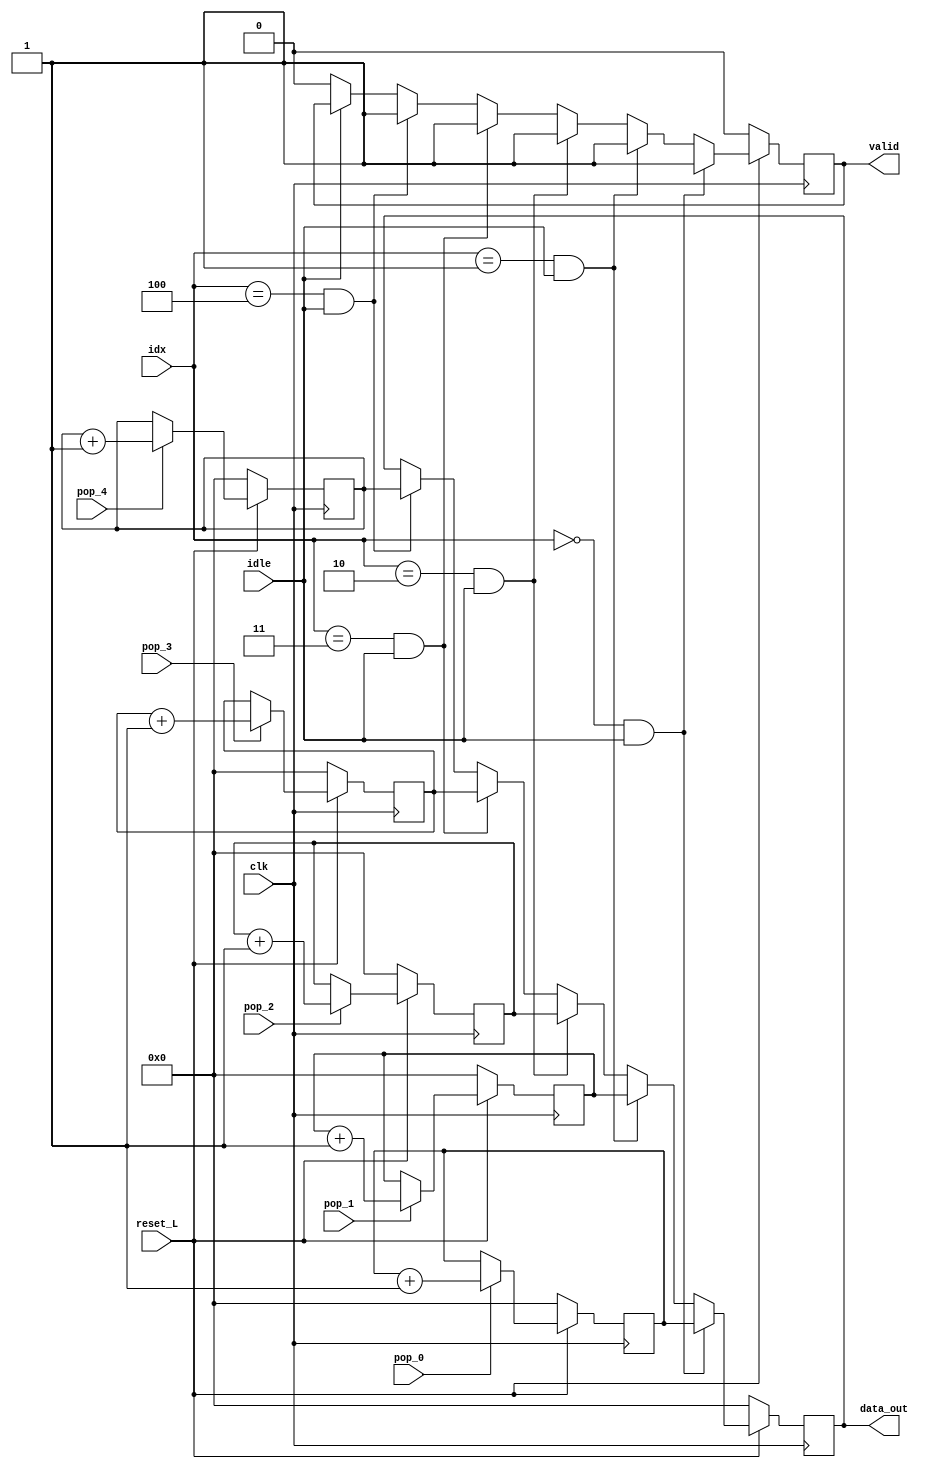
// Verilog HDL True Dual-Port RAM with Single Clock by Intel
// https://www.intel.com/content/www/us/en/support/programmable/support-resources/design-examples/horizontal/ver-true-dual-port-ram-sclk.html
// Utilizado y modificado con fines educativos

module contadores
(
	input wire [2:0] idx,
	input wire reset_L,
	input wire idle,
	input wire clk,
	input wire pop_0, pop_1, pop_2, pop_3, pop_4,
	output reg  valid,
	output reg [4:0] data_out
);

	reg [4:0] data_0, data_1, data_2, data_3, data_4;

	always @ (posedge clk)
	begin
		if (reset_L == 0) begin
			data_out <= 0;
			data_0 <= 0;
			data_1 <= 0;
			data_2 <= 0;
			data_3 <= 0;
			data_4 <= 0;
			valid <= 0;
		end else begin
			if (idle == 0) begin
				valid <= 0;
			end
			if (pop_0 == 1) begin
				data_0 <= data_0 + 1;
			end if (pop_1 == 1) begin
				data_1 <= data_1 + 1;
			end if (pop_2 == 1) begin
				data_2 <= data_2 + 1;
			end if (pop_3 == 1) begin
				data_3 <= data_3 + 1;
			end if (pop_4 == 1) begin
				data_4 <= data_4 + 1;
			end
			if (idx == 0 & idle) begin
				valid <= 1;
				data_out <= data_0;
			end else if (idx == 3'b001 & idle ) begin
				valid <= 1;
				data_out <= data_1;
			end else if (idx == 3'b010 & idle) begin
				valid <= 1;
				data_out <= data_2;
			end else if (idx == 3'b011 & idle) begin
				valid <= 1;
				data_out <= data_3;
			end else if (idx == 3'b100 & idle) begin
				valid <= 1;
				data_out <= data_4;
			end
		end
	end
endmodule